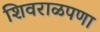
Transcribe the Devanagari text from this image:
शिवराळपणा